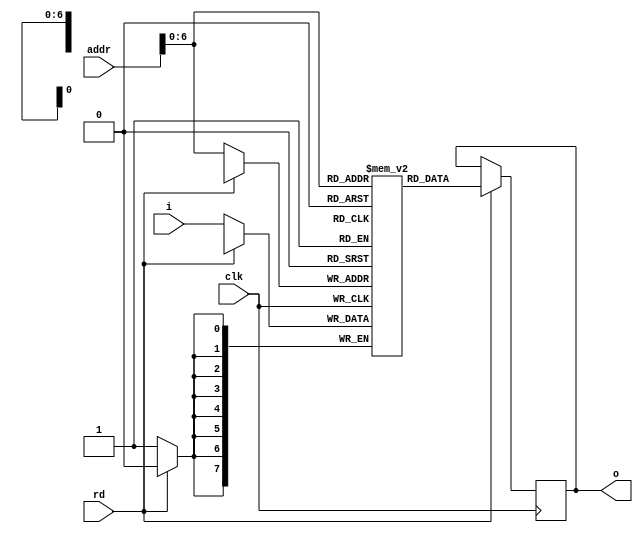
`timescale 1ns / 1ps
//////////////////////////////////////////////////////////////////////////////////
// Company: 
// Engineer: 
// 
// Design Name: 
// Module Name: i2c_slave_mem
// Project Name: 
// Target Devices: 
// Tool Versions: 
// Description: 
// 
// Dependencies: 
// 
// Revision:
// Revision 0.01 - File Created
// Additional Comments:
// 
//////////////////////////////////////////////////////////////////////////////////


module i2c_slave_mem(
    output reg [7:0] o,
    input clk,
    input [7:0] addr,
    input [7:0] i,
    input rd
    );
   
    reg [7:0] mem [0:(1<<7)-1];
    
    always@(posedge clk) begin
        if (~rd) begin
            mem [addr] <= i;
        end
    end
    
    always@(posedge clk) begin
        if (rd) begin
            o <= mem [addr];
        end
    end
endmodule